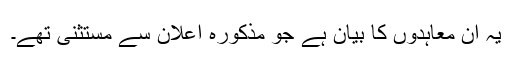
یہ اُن معاہدوں کا بیان ہے جو مذکورہ اعلان سے مستثنیٰ تھے۔